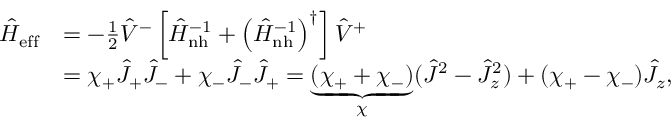
\begin{array} { r l } { \hat { H } _ { \mathrm { e f f } } } & { = - \frac { 1 } { 2 } \hat { V } ^ { - } \left[ \hat { H } _ { \mathrm { n h } } ^ { - 1 } + \left( \hat { H } _ { \mathrm { n h } } ^ { - 1 } \right) ^ { \dagger } \right] \hat { V } ^ { + } } \\ & { = \chi _ { + } \hat { J } _ { + } \hat { J } _ { - } + \chi _ { - } \hat { J } _ { - } \hat { J } _ { + } = \underbrace { ( \chi _ { + } + \chi _ { - } ) } _ { \chi } ( \hat { J } ^ { 2 } - \hat { J } _ { z } ^ { 2 } ) + ( \chi _ { + } - \chi _ { - } ) \hat { J } _ { z } , } \end{array}